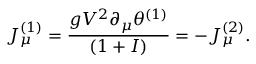
J _ { \mu } ^ { ( 1 ) } = { \frac { g V ^ { 2 } \partial _ { \mu } \theta ^ { ( 1 ) } } { ( 1 + I ) } } = - J _ { \mu } ^ { ( 2 ) } .